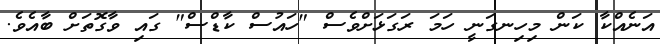
އަނެއްކާ ކަން މިހިނގަނީ ހަމަ ރަގަޅަށްވެސް "ހައުސް ކާޑްސް" ގައި ވާގޮތަށް ބާއެވެ.